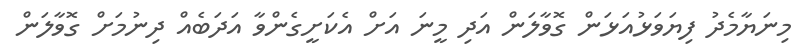
މިނަޔާމެދު ފިޔަވަޅުއަޅަން ގޮވާލަން އަދި މީނަ އަށް އެކަށީގެންވާ އަދަބެއް ދިނުމަށް ގޮވާލަން